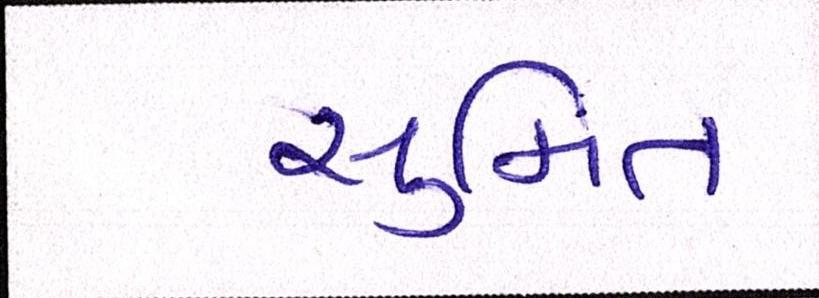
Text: સુમિત